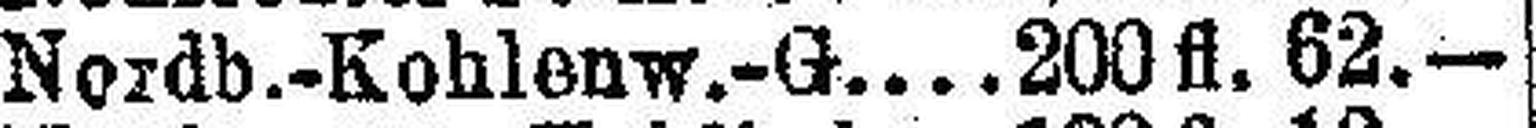
Nordb.-Kohlenw.-G. 200 fl. 62.—